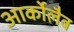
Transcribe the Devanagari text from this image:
आर्कोलैब